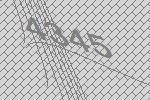
4345